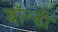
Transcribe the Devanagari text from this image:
बॉन्डी